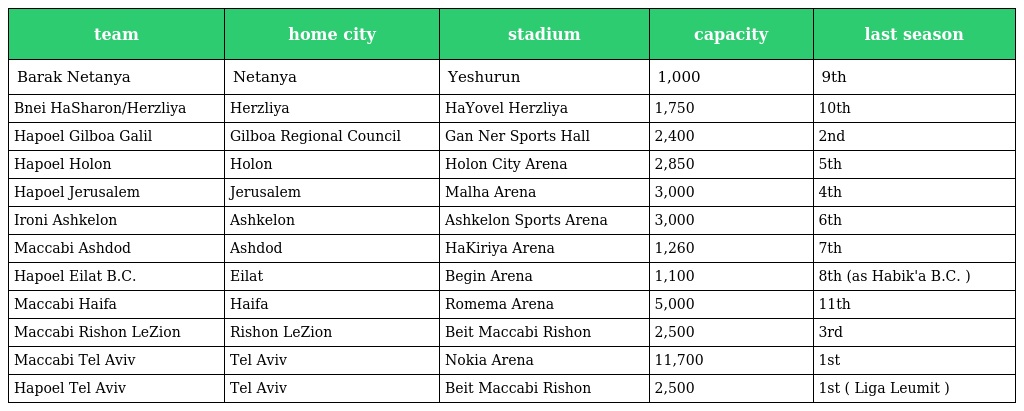
| team | home city | stadium | capacity | last season |
 | --- | --- | --- | --- | --- |
 | Barak Netanya | Netanya | Yeshurun | 1,000 | 9th |
 | Bnei HaSharon/Herzliya | Herzliya | HaYovel Herzliya | 1,750 | 10th |
 | Hapoel Gilboa Galil | Gilboa Regional Council | Gan Ner Sports Hall | 2,400 | 2nd |
 | Hapoel Holon | Holon | Holon City Arena | 2,850 | 5th |
 | Hapoel Jerusalem | Jerusalem | Malha Arena | 3,000 | 4th |
 | Ironi Ashkelon | Ashkelon | Ashkelon Sports Arena | 3,000 | 6th |
 | Maccabi Ashdod | Ashdod | HaKiriya Arena | 1,260 | 7th |
 | Hapoel Eilat B.C. | Eilat | Begin Arena | 1,100 | 8th (as Habik'a B.C. ) |
 | Maccabi Haifa | Haifa | Romema Arena | 5,000 | 11th |
 | Maccabi Rishon LeZion | Rishon LeZion | Beit Maccabi Rishon | 2,500 | 3rd |
 | Maccabi Tel Aviv | Tel Aviv | Nokia Arena | 11,700 | 1st |
 | Hapoel Tel Aviv | Tel Aviv | Beit Maccabi Rishon | 2,500 | 1st ( Liga Leumit ) |